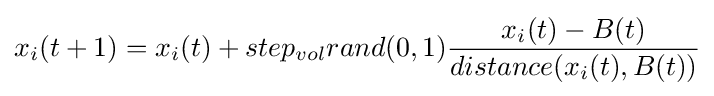
x_{i}(t+1)=x_{i}(t)+step_{vol}rand(0,1){\frac {x_{i}(t)-B(t)}{distance(x_{i}(t),B(t))}}